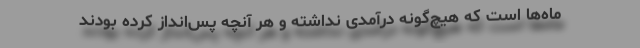
ماه‌ها است که هیچ‌گونه درآمدی نداشته و هر آنچه پس‌انداز کرده بودند